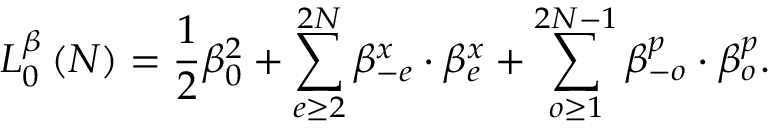
L _ { 0 } ^ { \beta } \left( N \right) = \frac { 1 } { 2 } \beta _ { 0 } ^ { 2 } + \sum _ { e \geq 2 } ^ { 2 N } \beta _ { - e } ^ { x } \cdot \beta _ { e } ^ { x } + \sum _ { o \geq 1 } ^ { 2 N - 1 } \beta _ { - o } ^ { p } \cdot \beta _ { o } ^ { p } .